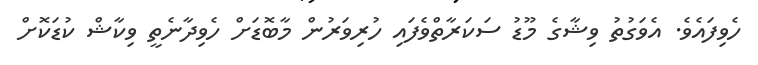
ހެވިފައެވެ. އެވަގުތު ވިޝާގެ މޫޑު ސަކަރާތްވެފައި ހުރިވަރުން މާބޮޑަށް ހެވިދާނެތީ ވިކާޝް ކުޑަކޮށް